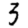
Digit: 3